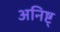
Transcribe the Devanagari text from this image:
अनिष्ट्